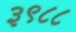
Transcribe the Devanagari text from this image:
३९८८